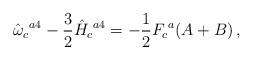
LaTeX: \begin{align*}\hat{\omega}_{c}{}^{a4}-\frac{3}{2}\hat{H}_{c}{}^{a4}=-\frac{1}{2}F_{c}{}^{a}(A+B)\, ,\end{align*}